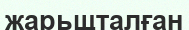
жарьщталған